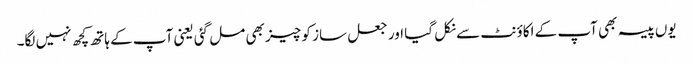
یوں پیسہ بھی آپ کے اکاؤنٹ سے نکل گیا اور جعل ساز کو چیز بھی مل گئی یعنی آپ کے ہاتھ کچھ نہیں لگا۔